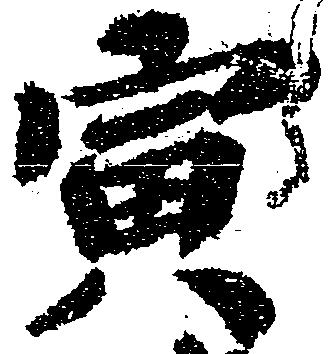
寅